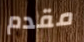
مقدم